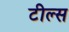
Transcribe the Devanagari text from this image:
टील्स